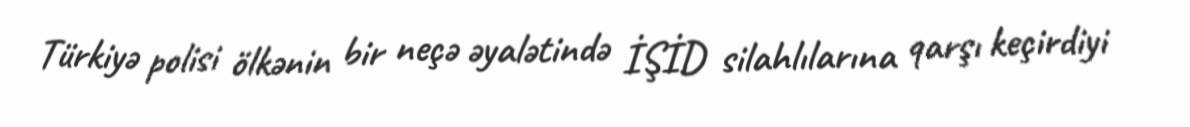
Türkiyə polisi ölkənin bir neçə əyalətində İŞİD silahlılarına qarşı keçirdiyi